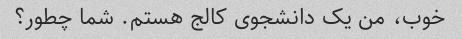
خوب، من یک دانشجوی کالج هستم. شما چطور؟